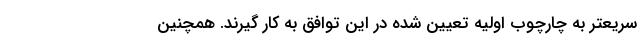
سریعتر به چارچوب اولیه تعیین شده در این توافق به کار گیرند. همچنین